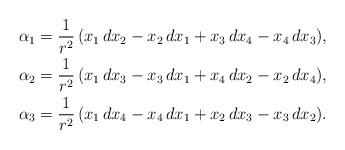
LaTeX: \begin{align*} \alpha_1 &= \frac{1}{r^2} \, (x_1 \, dx_2 - x_2 \, dx_1 + x_3 \, dx_4 - x_4 \, dx_3), \\ \alpha_2 &= \frac{1}{r^2} \, (x_1 \, dx_3 - x_3 \, dx_1 + x_4 \, dx_2 - x_2 \, dx_4), \\ \alpha_3 &= \frac{1}{r^2} \, (x_1 \, dx_4 - x_4 \, dx_1 + x_2 \, dx_3 - x_3 \, dx_2).\end{align*}